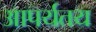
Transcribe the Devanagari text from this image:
आपर्यतय